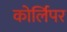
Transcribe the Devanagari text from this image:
कोर्लिपर